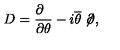
D = \frac { \partial \phantom { a } } { \partial \theta } - i \overline { \theta } \not \! \partial ,